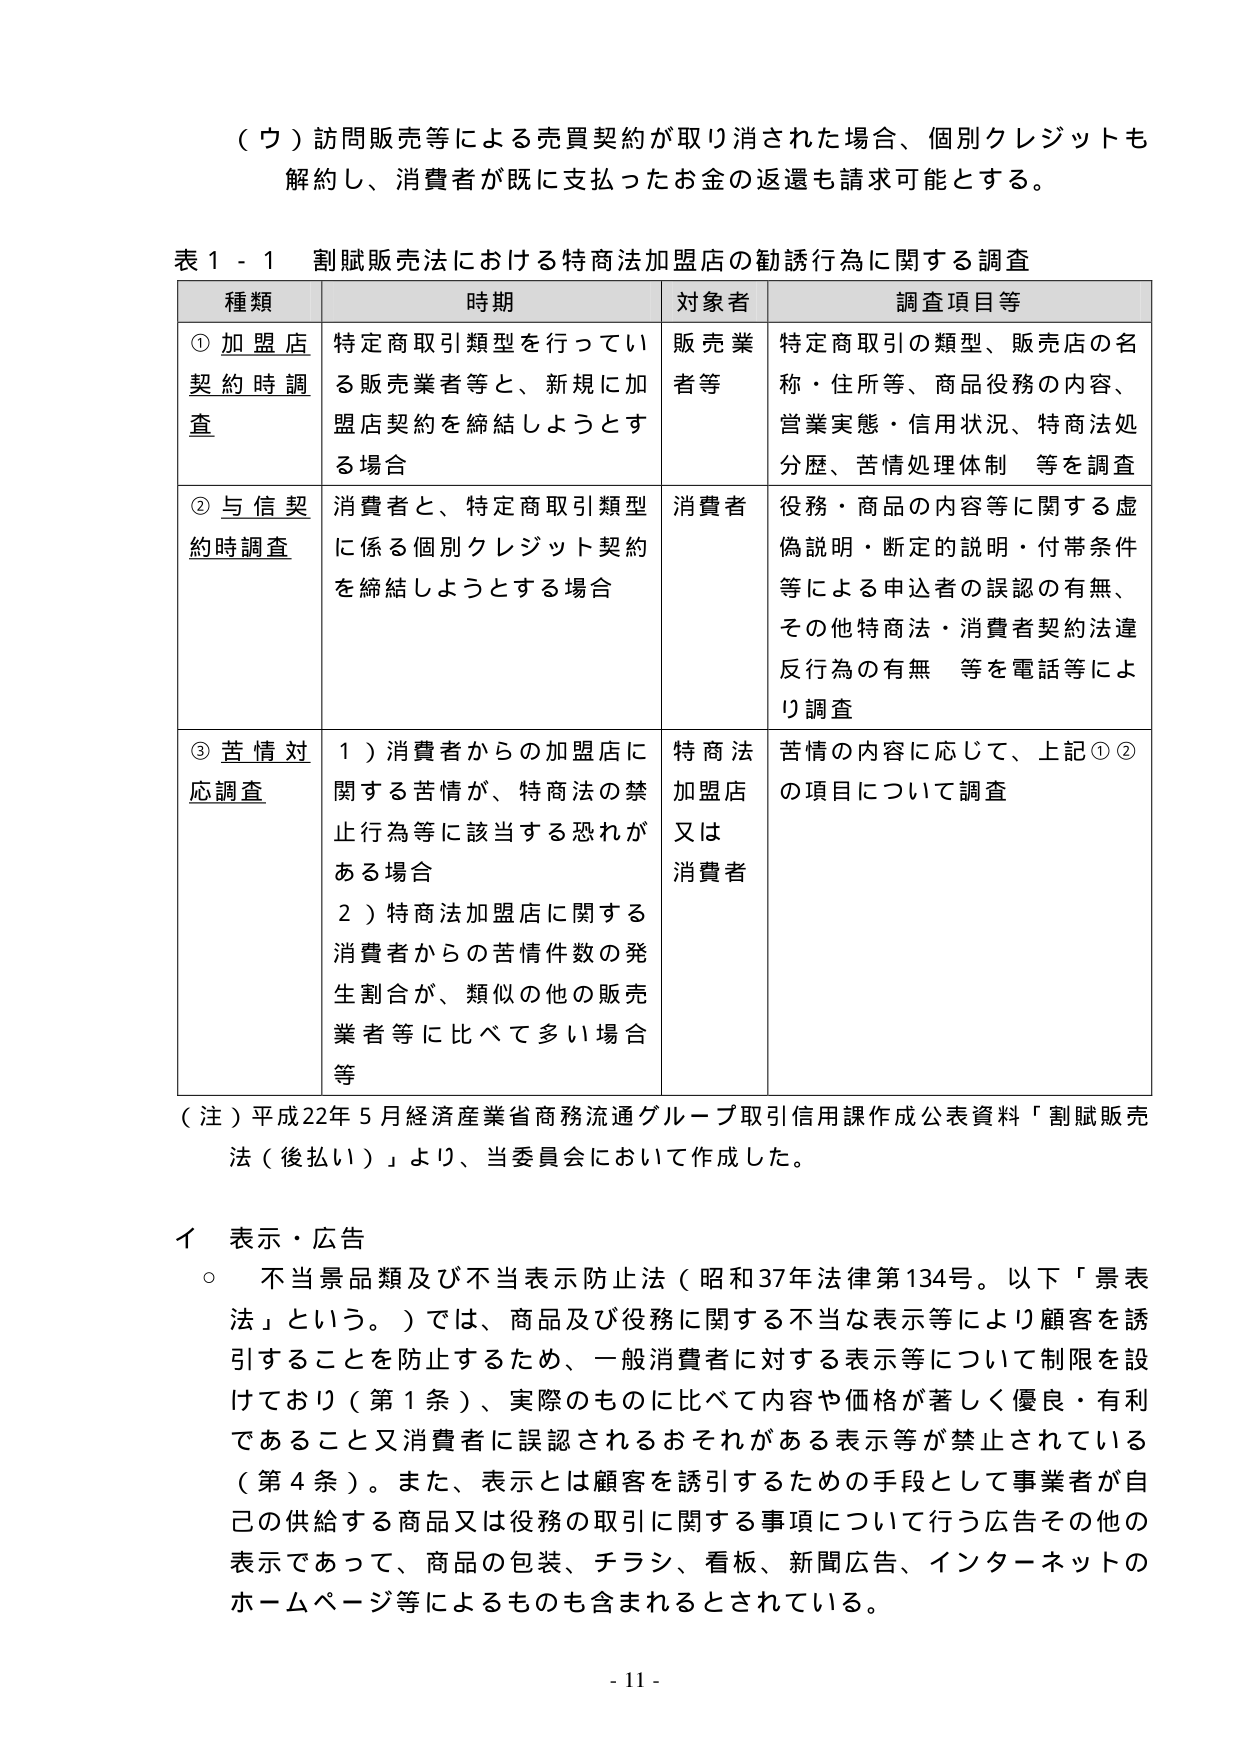
（ウ）訪問販売等による売買契約が取り消された場合、個別クレジットも解約し、消費者が既に支払ったお金の返還も請求可能とする。

表１－１ 割賦販売法における特商法加盟店の勧誘行為に関する調査

種類 時期 対象者 調査項目等

① 加盟店契約時調査 特定商取引類型を行っている販売業者等と、新規に加盟店契約を締結しようとする場合 販売業者等 特定商取引の類型、販売店の名称・住所等、商品役務の内容、営業実態・信用状況、特商法処分歴、苦情処理体制 等を調査

② 与信契約時調査 消費者と、特定商取引類型に係る個別クレジット契約を締結しようとする場合 消費者 役務・商品の内容等に関する虚偽説明・断定的説明・付帯条件等による申込者の誤認の有無、その他特商法・消費者契約法違反行為の有無 等を電話等により調査

③ 苦情対応調査 １）消費者からの加盟店に関する苦情が、特商法の禁止行為等に該当する恐れがある場合 ２）特商法加盟店に関する消費者からの苦情件数の発生割合が、類似の他の販売業者等に比べて多い場合等 特商法加盟店又は消費者 苦情の内容に応じて、上記①②の項目について調査

（注）平成22年5月経済産業省商務流通グループ取引信用課作成公表資料「割賦販売法（後払い）」より、当委員会において作成した。

イ 表示・広告
○ 不当景品類及び不当表示防止法（昭和37年法律第134号。以下「景表法」という。）では、商品及び役務に関する不当な表示等により顧客を誘引することを防止するため、一般消費者に対する表示等について制限を設けており（第1条）、実際のものに比べて内容や価格が著しく優良・有利であること又消費者に誤認されるおそれがある表示等が禁止されている（第4条）。また、表示とは顧客を誘引するための手段として事業者が自己の供給する商品又は役務の取引に関する事項について行う広告その他の表示であって、商品の包装、チラシ、看板、新聞広告、インターネットのホームページ等によるものも含まれるとされている。

- 11 -